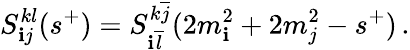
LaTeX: S_{\mathbf{i}j}^{kl}(s^{+})=S_{\mathbf{i}\overline{{{{l}}}}}^{k\overline{{{{j}}}}}(2m_{\mathbf{i}}^{2}+2m_{j}^{2}-s^{+})\, .